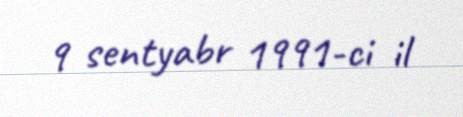
9 sentyabr 1991-ci il